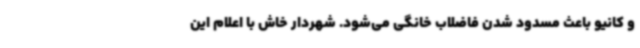
و کانیو باعث مسدود شدن فاضلاب خانگی می‌شود. شهردار خاش با اعلام این